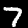
Digit: 7